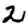
Digit: 2